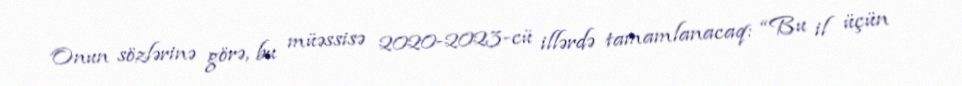
Onun sözlərinə görə, bu müəssisə 2020-2023-cü illərdə tamamlanacaq: “Bu il üçün